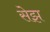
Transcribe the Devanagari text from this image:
सेझ